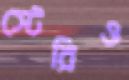
স্টেরিও